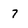
Character: 7